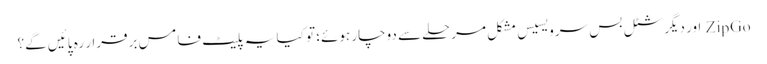
ZipGo اور دیگر شٹل بس سرویسیس مشکل مرحلے سے دوچار ہوئے؛ تو کیا یہ پلیٹ فامس برقرار رہ پائیں گے؟